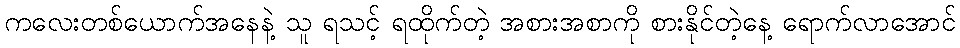
ကလေးတစ်ယောက်အနေနဲ့ သူ ရသင့် ရထိုက်တဲ့ အစားအစာကို စားနိုင်တဲ့နေ့ ရောက်လာအောင်